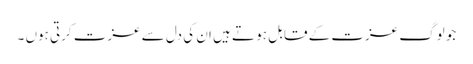
جو لوگ عزت کے قابل ہو تے ہیں ان کی دل سے عزت کرتی ہوں ۔